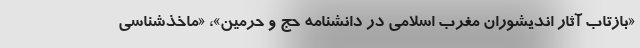
«بازتاب آثار اندیشوران مغرب اسلامی در دانشنامه حج و حرمین»، «ماخذشناسی